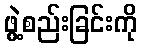
ဖွဲ့စည်းခြင်းကို